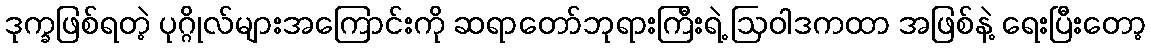
ဒုက္ခဖြစ်ရတဲ့ ပုဂ္ဂိုလ်များအကြောင်းကို ဆရာတော်ဘုရားကြီးရဲ့ ဩဝါဒကထာ အဖြစ်နဲ့ ရေးပြီးတော့